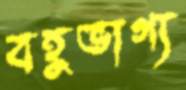
বহুভাগ্য